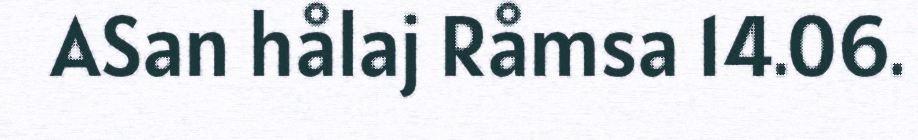
ASan hålaj Råmsa 14.06.